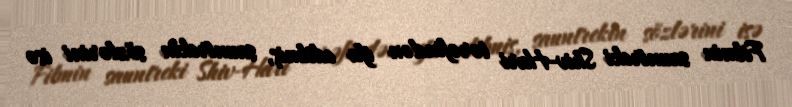
Filmin sauntreki Shiv-Hari tərəfindən ifa edilmiş, sauntrekin sözlərini isə